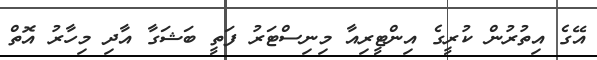
އޭގެ އިތުރުން ކުރީގެ އިންޓީރިއާ މިނިސްޓަރު ފަތީ ބަޝަގާ އާދި މިހާރު އޮތް